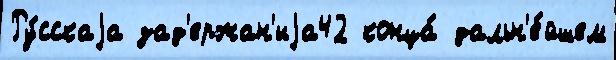
Ру́сскаjа зад'ержан'иjа42 конца́ дальн'е́йшем